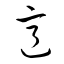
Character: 意